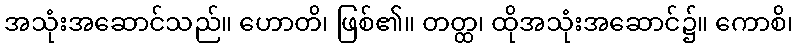
အသုံးအဆောင်သည်။ ဟောတိ၊ ဖြစ်၏။ တတ္ထ၊ ထိုအသုံးအဆောင်၌။ ကောစိ၊